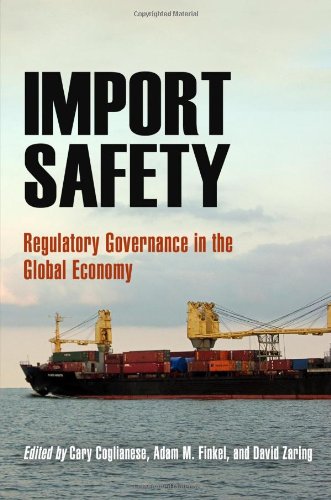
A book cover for Import Safety: Regulatory Governance in the Global Economy; Business & Money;